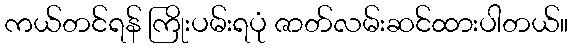
ကယ်တင်ရန် ကြိုးပမ်းရပုံ ဇာတ်လမ်းဆင်ထားပါတယ်။